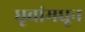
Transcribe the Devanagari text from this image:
धृवांमधून